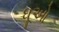
ધૂઓ